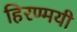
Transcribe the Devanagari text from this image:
हिरण्मयी